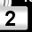
Digit: 2